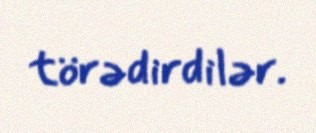
törədirdilər.